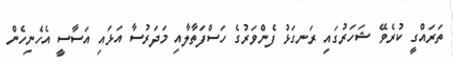
ތަރައްގީ ކުރެވޭ ޝަހަރުގައި ރަނގަޅު ފެންވަރުގެ ހަސްފަތާލާއި މަދަރުސާ އަޅައި އަސާސީ އެހެނިހެން